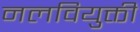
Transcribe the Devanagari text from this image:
नलवियुक्ती